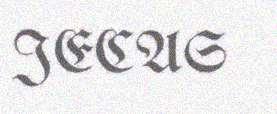
JECAS